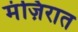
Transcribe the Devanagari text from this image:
मंज़िरात